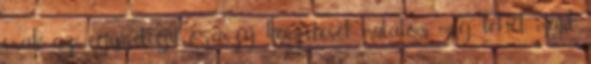
csak az egyrétegű óraszíj készítését mutatom meg, lehet, majd